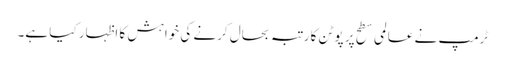
ٹرمپ نے عالمی سطح پر پوٹن کا رتبہ بحال کرنے کی خواہش کا اظہار کیا ہے۔